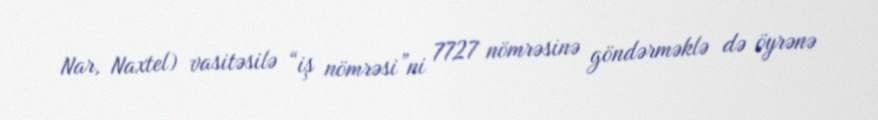
Nar, Naxtel) vasitəsilə “iş nömrəsi”ni 7727 nömrəsinə göndərməklə də öyrənə